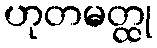
ဟုတမတ္ထု